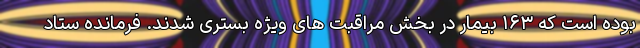
بوده است که ۱۶۳ بیمار در بخش مراقبت های ویژه بستری شدند. فرمانده ستاد